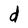
Character: d